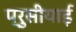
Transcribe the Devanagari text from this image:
प्रुसीयाई